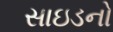
સાઇડનો